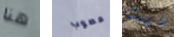
هنا مصوب ديث